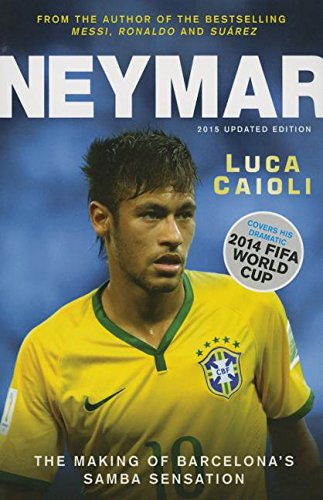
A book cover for Neymar: The Making of the WorldEEs Greatest New Number 10; Luca Caioli; Biographies & Memoirs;